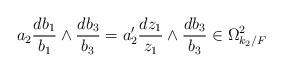
LaTeX: \begin{align*} a_2 \frac{d b_1}{b_1} \wedge \frac{d b_3}{b_3}=a_2' \frac{d z_1}{z_1} \wedge \frac{d b_3}{b_3} \in \Omega^2_{k_2/F}\end{align*}